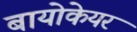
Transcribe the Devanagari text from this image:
बायोकेयर